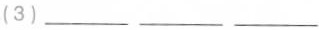
(3)___ ___ ___